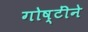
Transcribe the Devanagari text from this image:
गोष्टींने